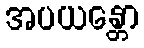
အပယန္တော